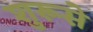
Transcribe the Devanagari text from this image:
शुरूसे